65_HS1-834228961_62-HQ-83894_Section_9
Agency: FBI
Page 95
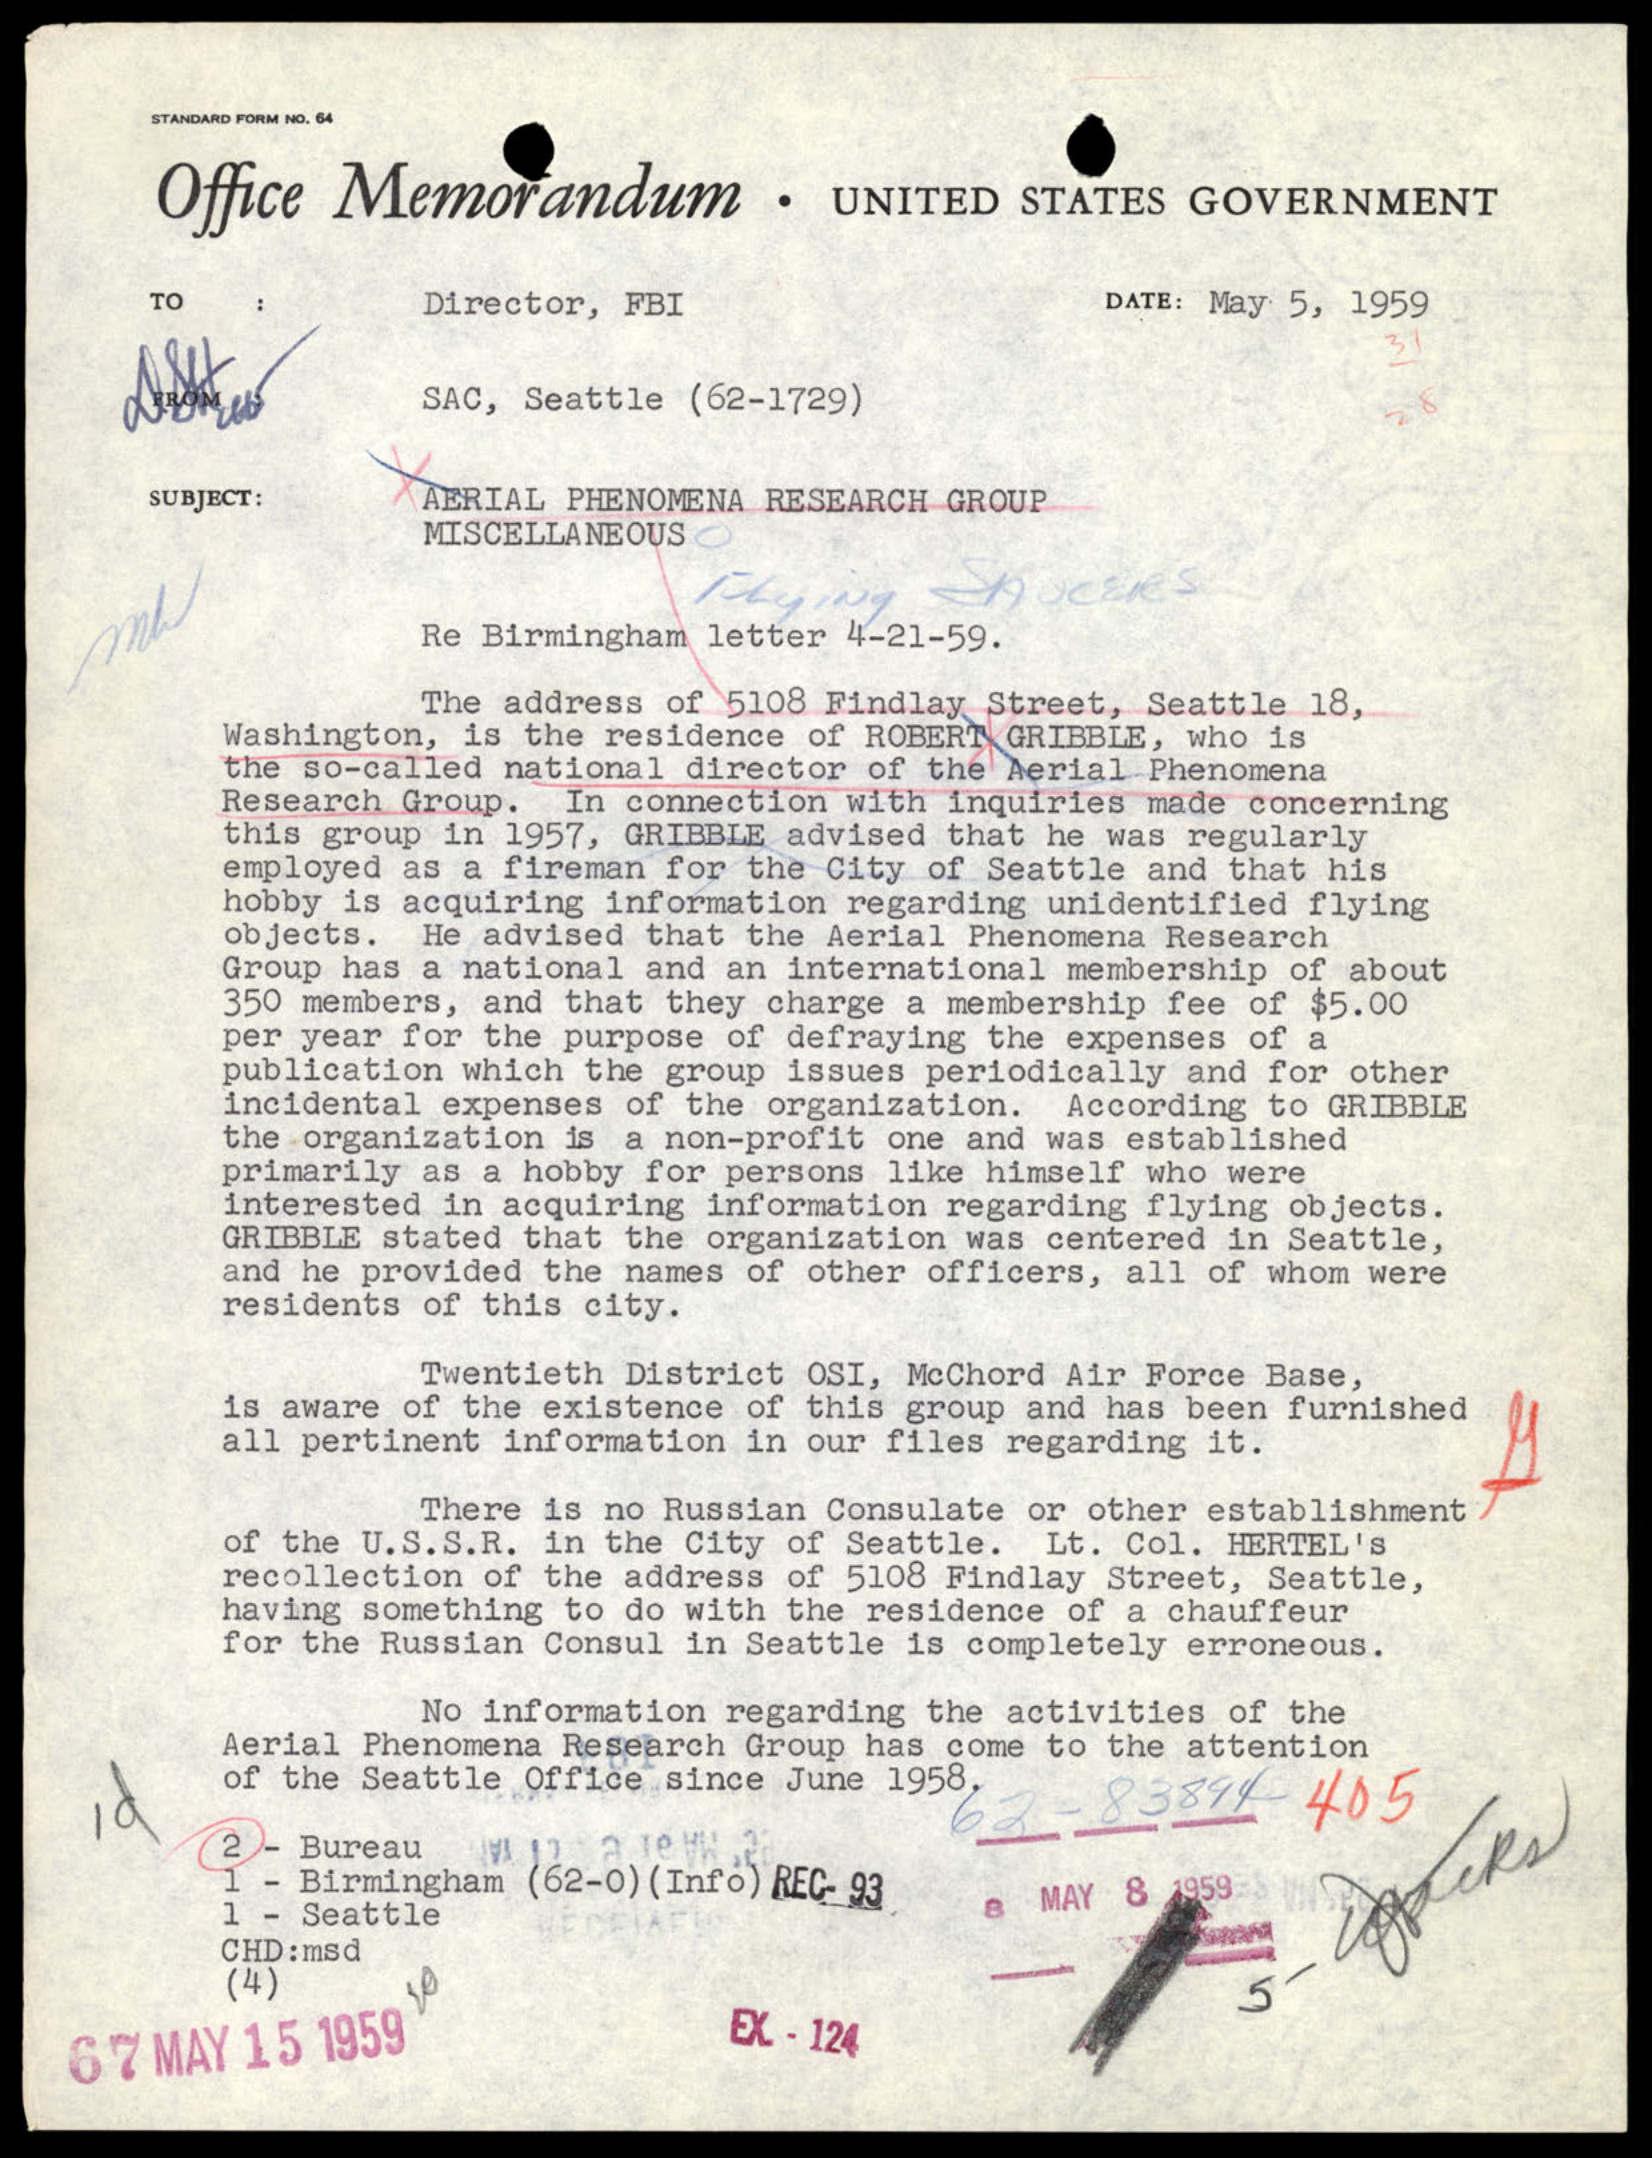